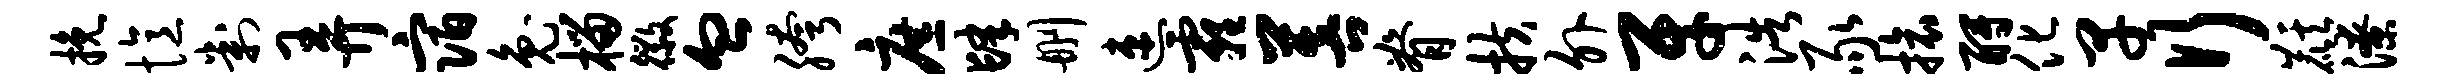
挽忆判弄宿兔榴徽血胯庶肆删速霾菩脊扶外牙浩豕旅酹化早行麒潦